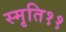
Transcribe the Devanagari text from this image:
स्मृति११